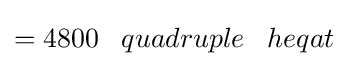
=4800\;\;\;quadruple\;\;\;heqat